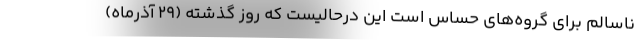
ناسالم برای گروه‌های حساس است این درحالیست که روز گذشته (۲۹ آذرماه)